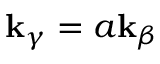
\mathbf { k } _ { \gamma } = a \mathbf { k } _ { \beta }